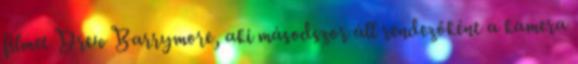
filmet Drew Barrymore, aki másodszor áll rendezőként a kamera